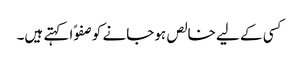
کسی کے لیے خالص ہوجانے کو صفوًا کہتے ہیں۔